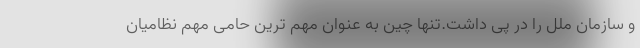
و سازمان ملل را در پی داشت.تنها چین به عنوان مهم ترین حامی مهم نظامیان